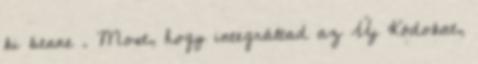
ki benne . Most, hogy integráltad az Új Kódokat,